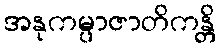
အနုကမ္ပာဇာတိကန္တိ